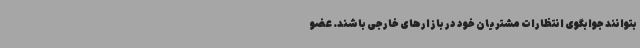
بتوانند جوابگوی انتظارات مشتریان خود در بازارهای خارجی باشند. عضو